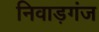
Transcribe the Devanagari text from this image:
निवाड़गंज